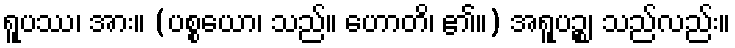
ရူပဿ၊ အား။ (ပစ္စယော၊ သည်။ ဟောတိ၊ ၏။) အရူပဉ္စ၊ သည်လည်း။